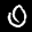
Label: 0